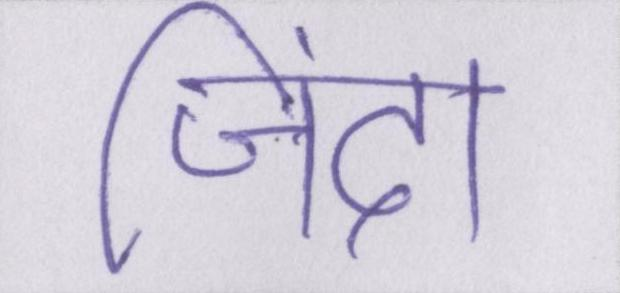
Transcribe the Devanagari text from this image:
जिंदा